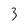
Character: 3